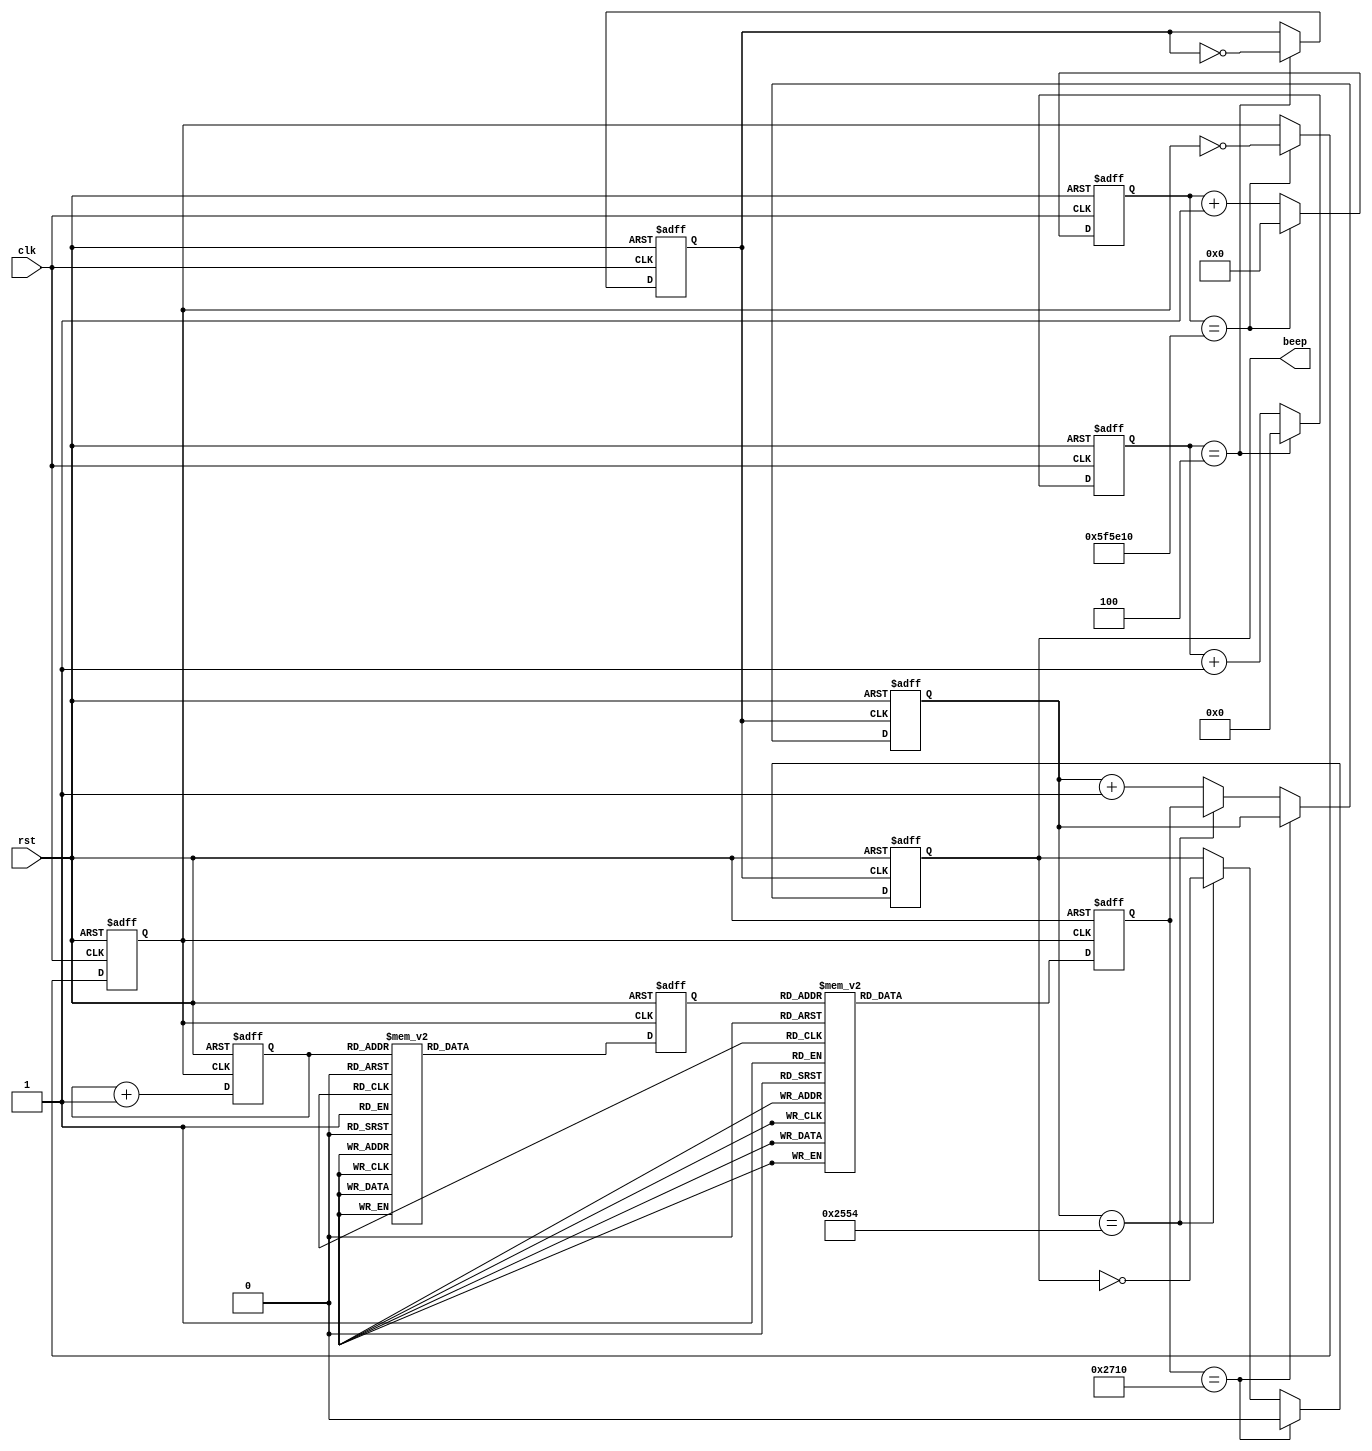
// ********************************************************************
// >>>>>>>>>>>>>>>>>>>>>>>>> COPYRIGHT NOTICE <<<<<<<<<<<<<<<<<<<<<<<<<
// ********************************************************************
// Module name  : beep
// Author       : 
// Description  : 
// 
// --------------------------------------------------------------------
// Code Revision History : 
// --------------------------------------------------------------------
// Version: |Mod. Date:
// V1.0     |2019/12/05
// --------------------------------------------------------------------
// Module Function: 

module beep(clk, rst, beep);
	
	input clk;				//  50M
	input rst;				// 
	output beep;			// 
 
	reg [23:0] counter4Hz;		// 4Hz
	reg [3:0] counter5MHz;		// 5MHz
	reg [13:0] count, origin;	// 
	reg audiof;						// 
	reg clk_5MHz, clk_4Hz;		// 4Hz 50MHz 
	reg [4:0] j;					// 
	reg [5:0] len;					// 
	
	assign beep= audiof;  		// 

	always @(posedge clk or negedge rst)      // 5MHz
	if(!rst)
	begin
		counter5MHz <= 0;
		clk_5MHz <= 0;
	end
	else
		if(counter5MHz==4)
		begin
			counter5MHz <= 0;
			clk_5MHz <= ~clk_5MHz;
		end
		else
			counter5MHz <= counter5MHz + 1;

	always @(posedge clk or negedge rst)      // 4Hz
	if(!rst)
	begin
		counter4Hz <= 0;
		clk_4Hz <= 0;
	end
	else
		if(counter4Hz == 6250000)              
		begin
			counter4Hz <= 0;
			clk_4Hz <= ~clk_4Hz;
		end
		else
			counter4Hz <= counter4Hz + 1;

	// 
	always @(posedge clk_5MHz or negedge rst)
	if(!rst)
	begin
		audiof <= 0;
		count <= 0;
	end
	else
		if(origin == 'd10000)
			audiof <= 0;
		else if(count == 'd9556)
		begin
			count <= origin;
			audiof <= ~audiof;
		end
		else
			count <= count + 1;

	// 
	always @(posedge clk_4Hz or negedge rst)
	if(!rst)
		origin <= 'd10000;
	else
		 case(j)
		 'd0 : origin <= 'd10000;
		 'd1 : origin <= 'd0;		// 
		 'd2 : origin <= 'd1045;
		 'd3 : origin <= 'd1972;
		 'd4 : origin <= 'd2398;
		 'd5 : origin <= 'd3180;
		 'd6 : origin <= 'd3875;
		 'd7 : origin <= 'd4495;
		 'd8 : origin <= 'd4779;  	// 
		 'd9 : origin <= 'd5300;
		 'd10: origin <= 'd5765;
		 'd11: origin <= 'd5978;
		 'd12: origin <= 'd6368;
		 'd13: origin <= 'd6716;
		 'd14: origin <= 'd7026;
		 'd15: origin <= 'd7175;  	// 
		 'd16: origin <= 'd7428;
		 'd17: origin <= 'd7660;
		 'd18: origin <= 'd7767;
		 'd19: origin <= 'd7962;
		 'd20: origin <= 'd8136;
		 'd21: origin <= 'd8291;
		 default: origin <= 'd011111;
		 endcase

	// 
	always @(posedge clk_4Hz or negedge rst)
	if(!rst)
	begin
		len <= 0;
		j <= 0;
	end
	else
		begin
			len <= len + 1;
			case(len)			// 
			0 : j <= 10;
			1 : j <= 6;
			2 : j <= 5;
			3 : j <= 6;
			4 : j <= 6;
			5 : j <= 9;
			6 : j <= 9;
			7 : j <= 10;
			8 : j <= 9;
			9 : j <= 5;
			10: j <= 3;
			11: j <= 5;
			12: j <= 5;
			13: j <= 5;
			14: j <= 5;
			15: j <= 3;
			16: j <= 5;
			17: j <= 5;
			18: j <= 3;
			19: j <= 5;
			20: j <= 5;
			21: j <= 5;
			22: j <= 5;
			23: j <= 9;
			24: j <= 8;
			25: j <= 8;
			26: j <= 7;
			27: j <= 8;
			28: j <= 8;
			29: j <= 8;
			30: j <= 8;
			31: j <= 9;
			32: j <= 10;
			33: j <= 6;
			34: j <= 5;
			35: j <= 6;
			36: j <= 6;
			37: j <= 6;
			38: j <= 9;
			39: j <= 10;
			40: j <= 9;
			41: j <= 5;
			42: j <= 3;
			43: j <= 8;
			44: j <= 5;
			45: j <= 5;
			46: j <= 5;
			47: j <= 5;
			48: j <= 3;
			49: j <= 5;
			50: j <= 5;
			51: j <= 3;
			52: j <= 5;
			53: j <= 5;
			54: j <= 5;
			55: j <= 9;
			56: j <= 8;
			57: j <= 8;
			58: j <= 6;
			59: j <= 6;
			60: j <= 6;
			61: j <= 6;
			62: j <= 6;
			63: j <= 0;
			default: j <= 0;
			endcase
		end

endmodule